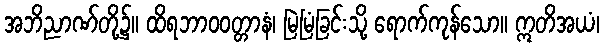
အဘိညာဏ်တို့၌။ ထိရဘာဝဝတ္တာနံ၊ မြဲမြံခြင်းသို့ ရောက်ကုန်သော။ ဣတိအယံ၊